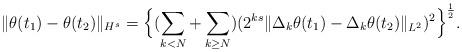
LaTeX: \begin{align*} \|\theta(t_{1})-\theta(t_{2})\|_{H^{s}}=\Big\{(\sum_{k<N}+ \sum_{k\geq N}) (2^{ks}\|\Delta_{k}\theta(t_{1})-\Delta_{k}\theta(t_{2})\|_{L^{2}})^{2} \Big\}^{\frac{1}{2}}. \end{align*}